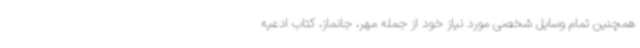
همچنین تمام وسایل شخصی مورد نیاز خود از جمله مهر، جانماز، کتاب ادعیه